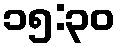
၁၅:၃၀